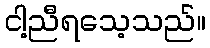
ငါ့ညီရသေ့သည်။